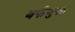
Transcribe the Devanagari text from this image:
बर्फयुक्त